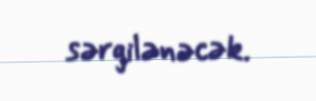
sərgilənəcək.